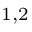
^ { 1 , 2 }